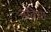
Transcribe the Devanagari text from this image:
नबिया